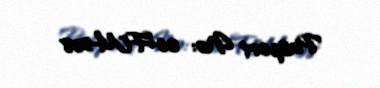
Pasport №: 06-FM-508